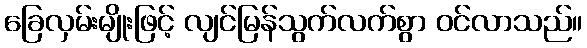
ခြေလှမ်းမျိုးဖြင့် လျင်မြန်သွက်လက်စွာ ဝင်လာသည်။